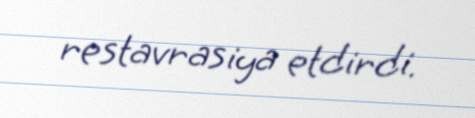
restavrasiya etdirdi.